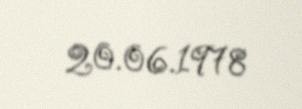
20.06.1978